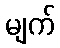
မျက်